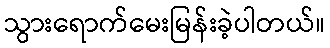
သွားရောက်မေးမြန်းခဲ့ပါတယ်။